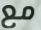
مع